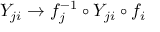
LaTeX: Y _ { j i } \to f _ { j } ^ { - 1 } \circ Y _ { j i } \circ f _ { i }